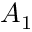
A _ { 1 }